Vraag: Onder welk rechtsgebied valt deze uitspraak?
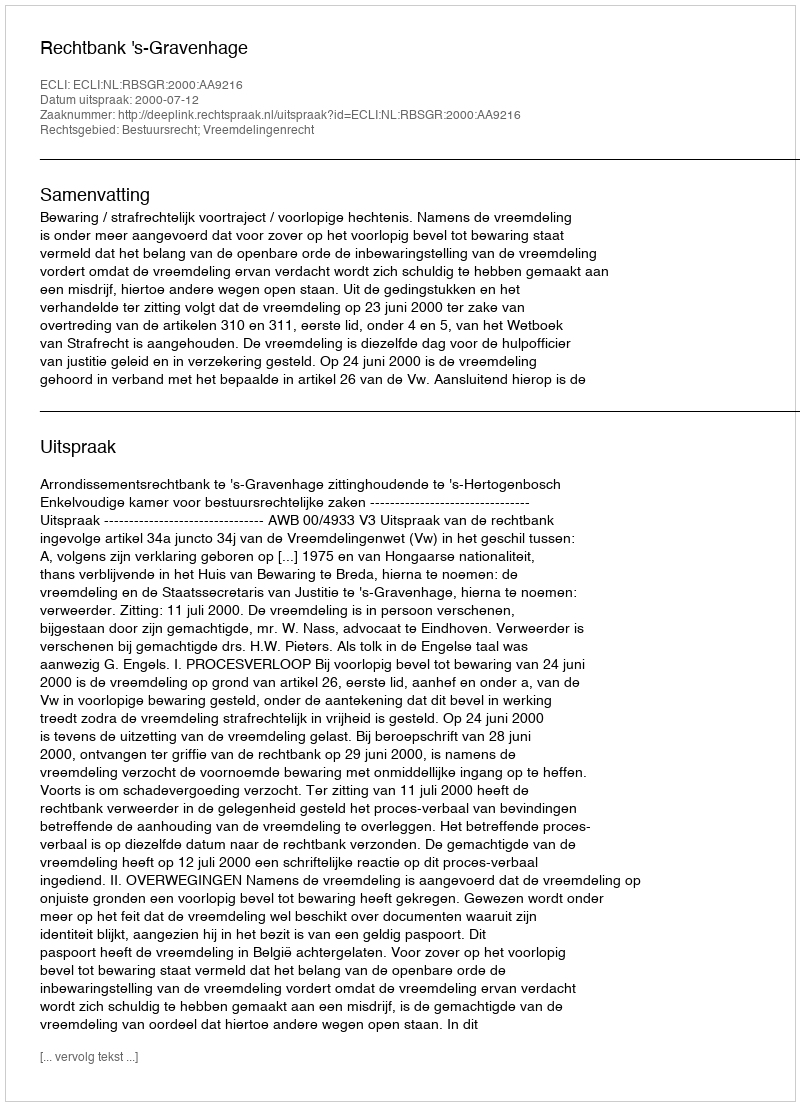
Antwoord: Bestuursrecht; Vreemdelingenrecht